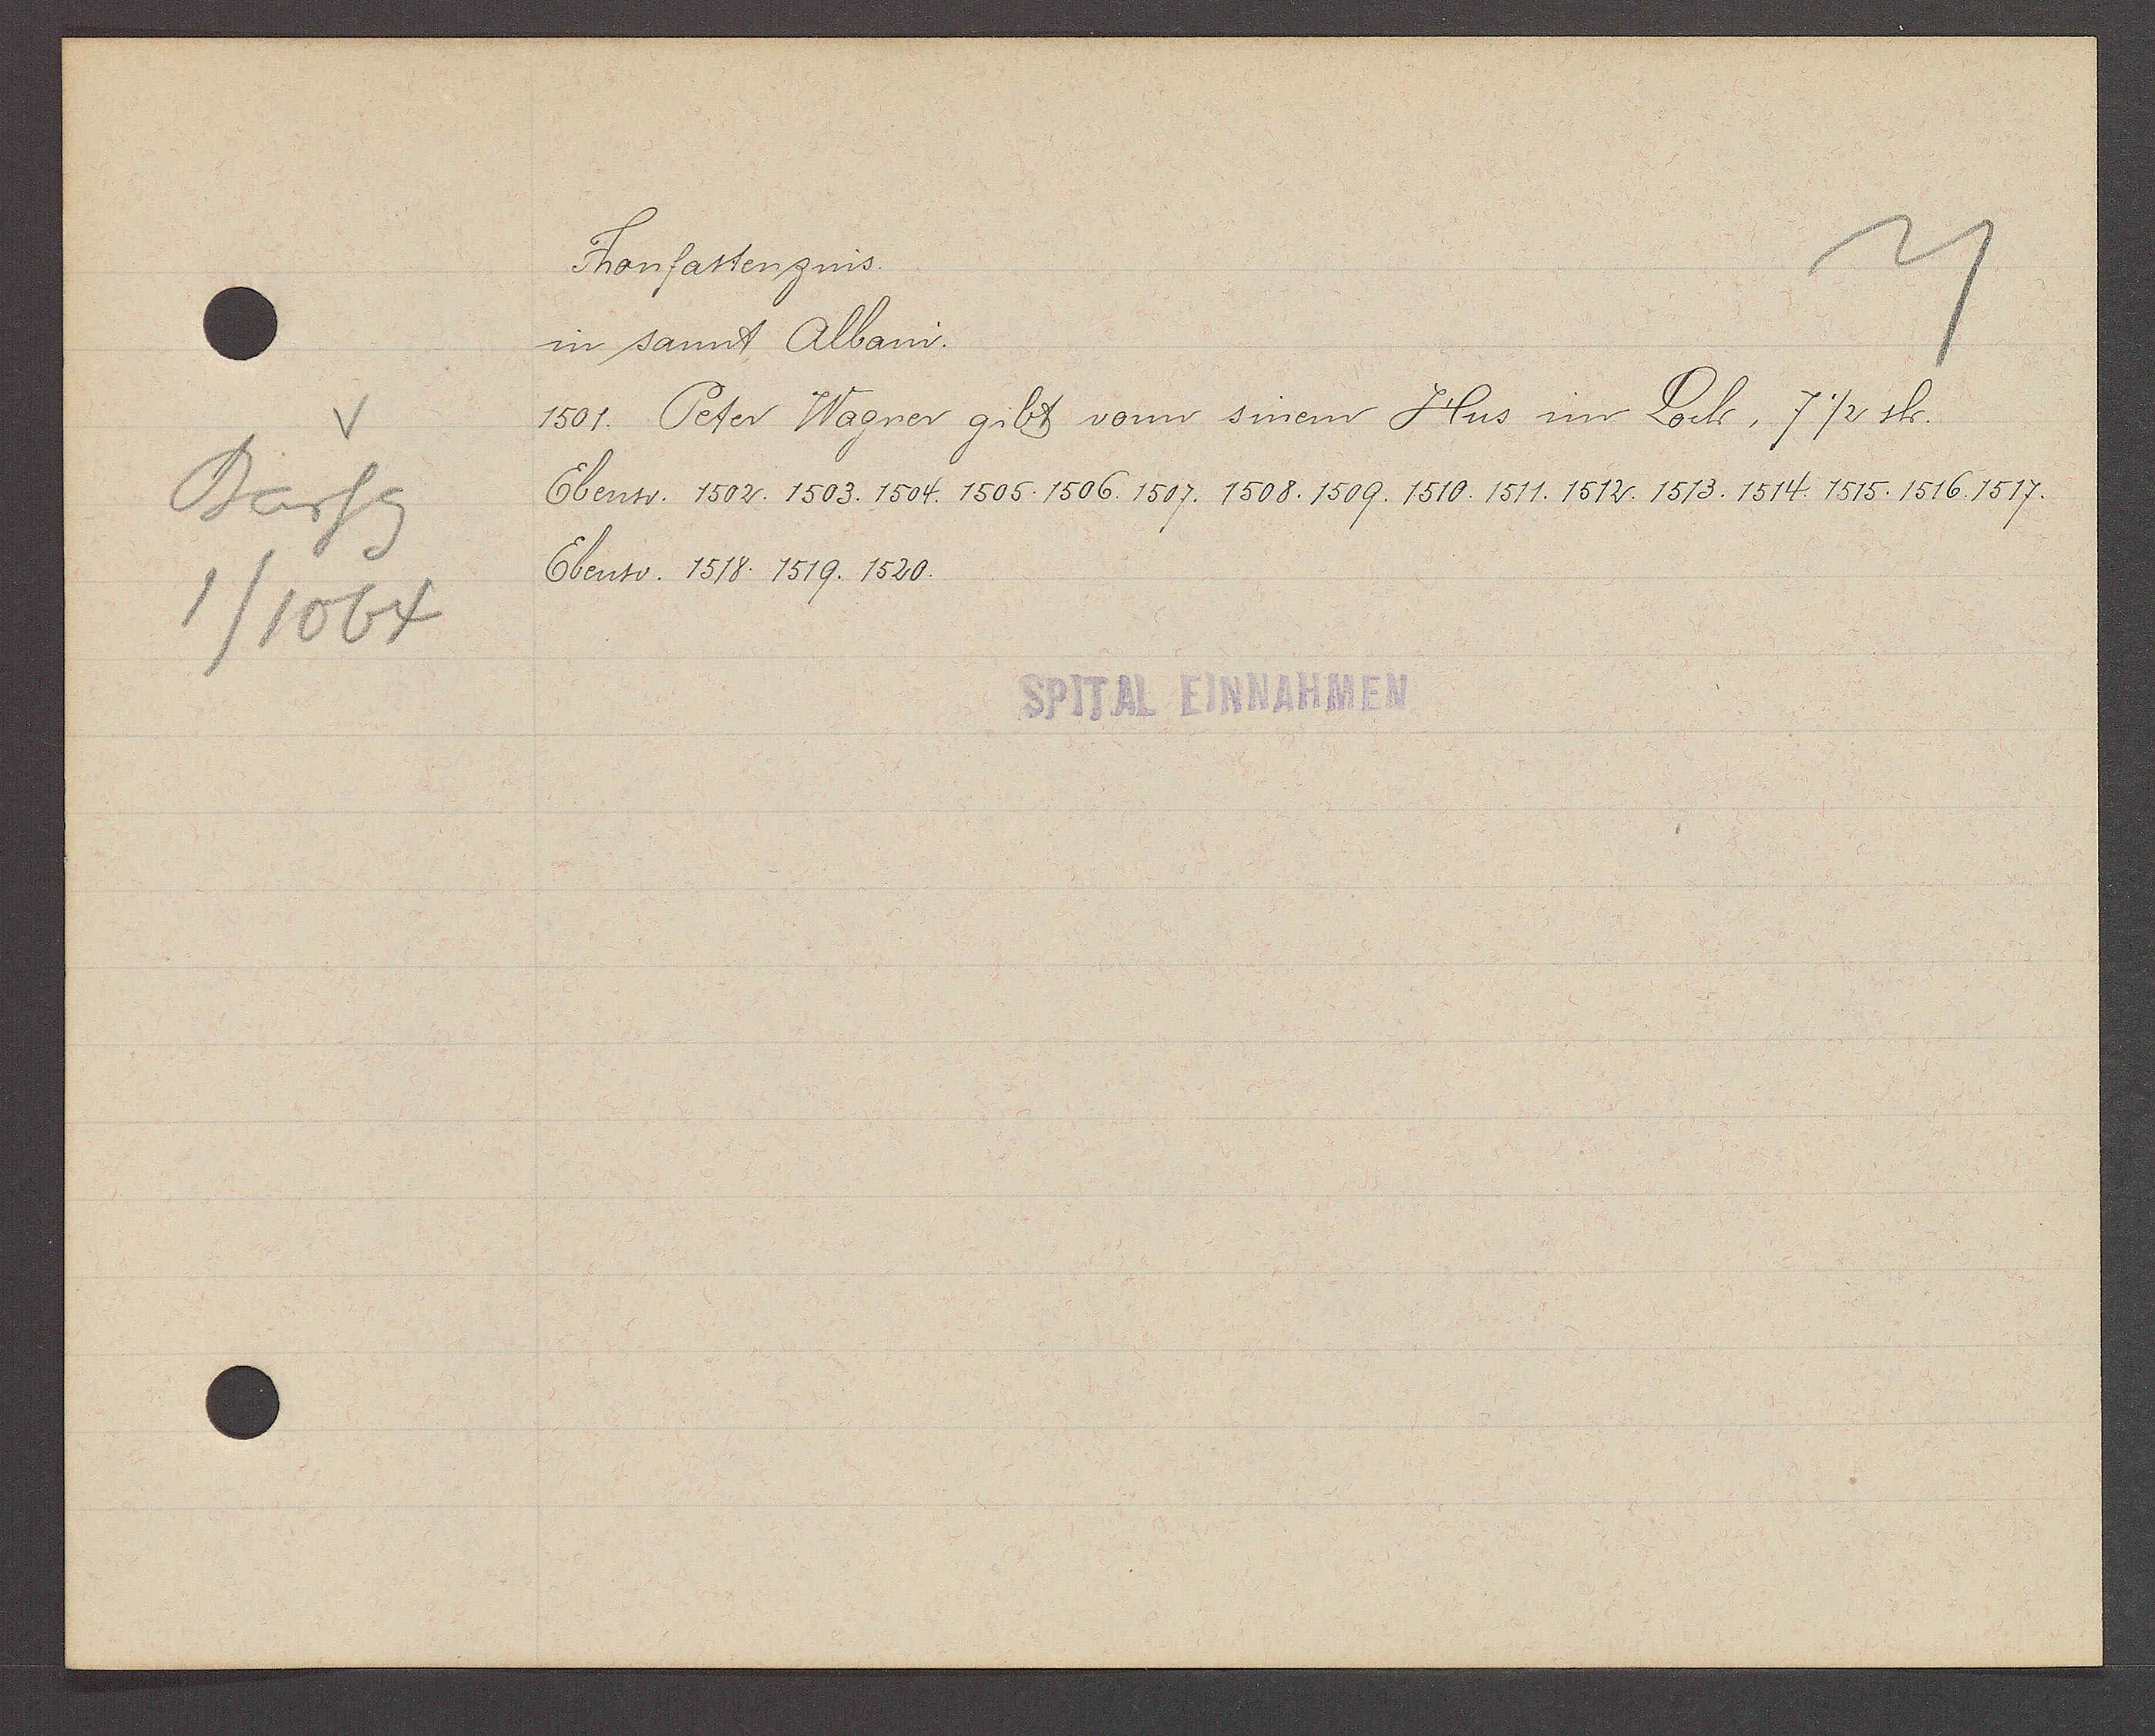
Transcript:
Barfg
1/1064

Fronfastenzins.

in sannt Albani.
1501. Peter Wagner gibt vonn sinem Hus im Loch, 7 ½ sh.
Ebenso: 1502. 1503. 1504. 1505. 1506. 1507. 1508. 1509. 1510. 1511. 1512. 1513. 1514. 1515. 1516. 1517.
Ebenso. 1518. 1519. 1520.

SPITAL EINNAHMEN